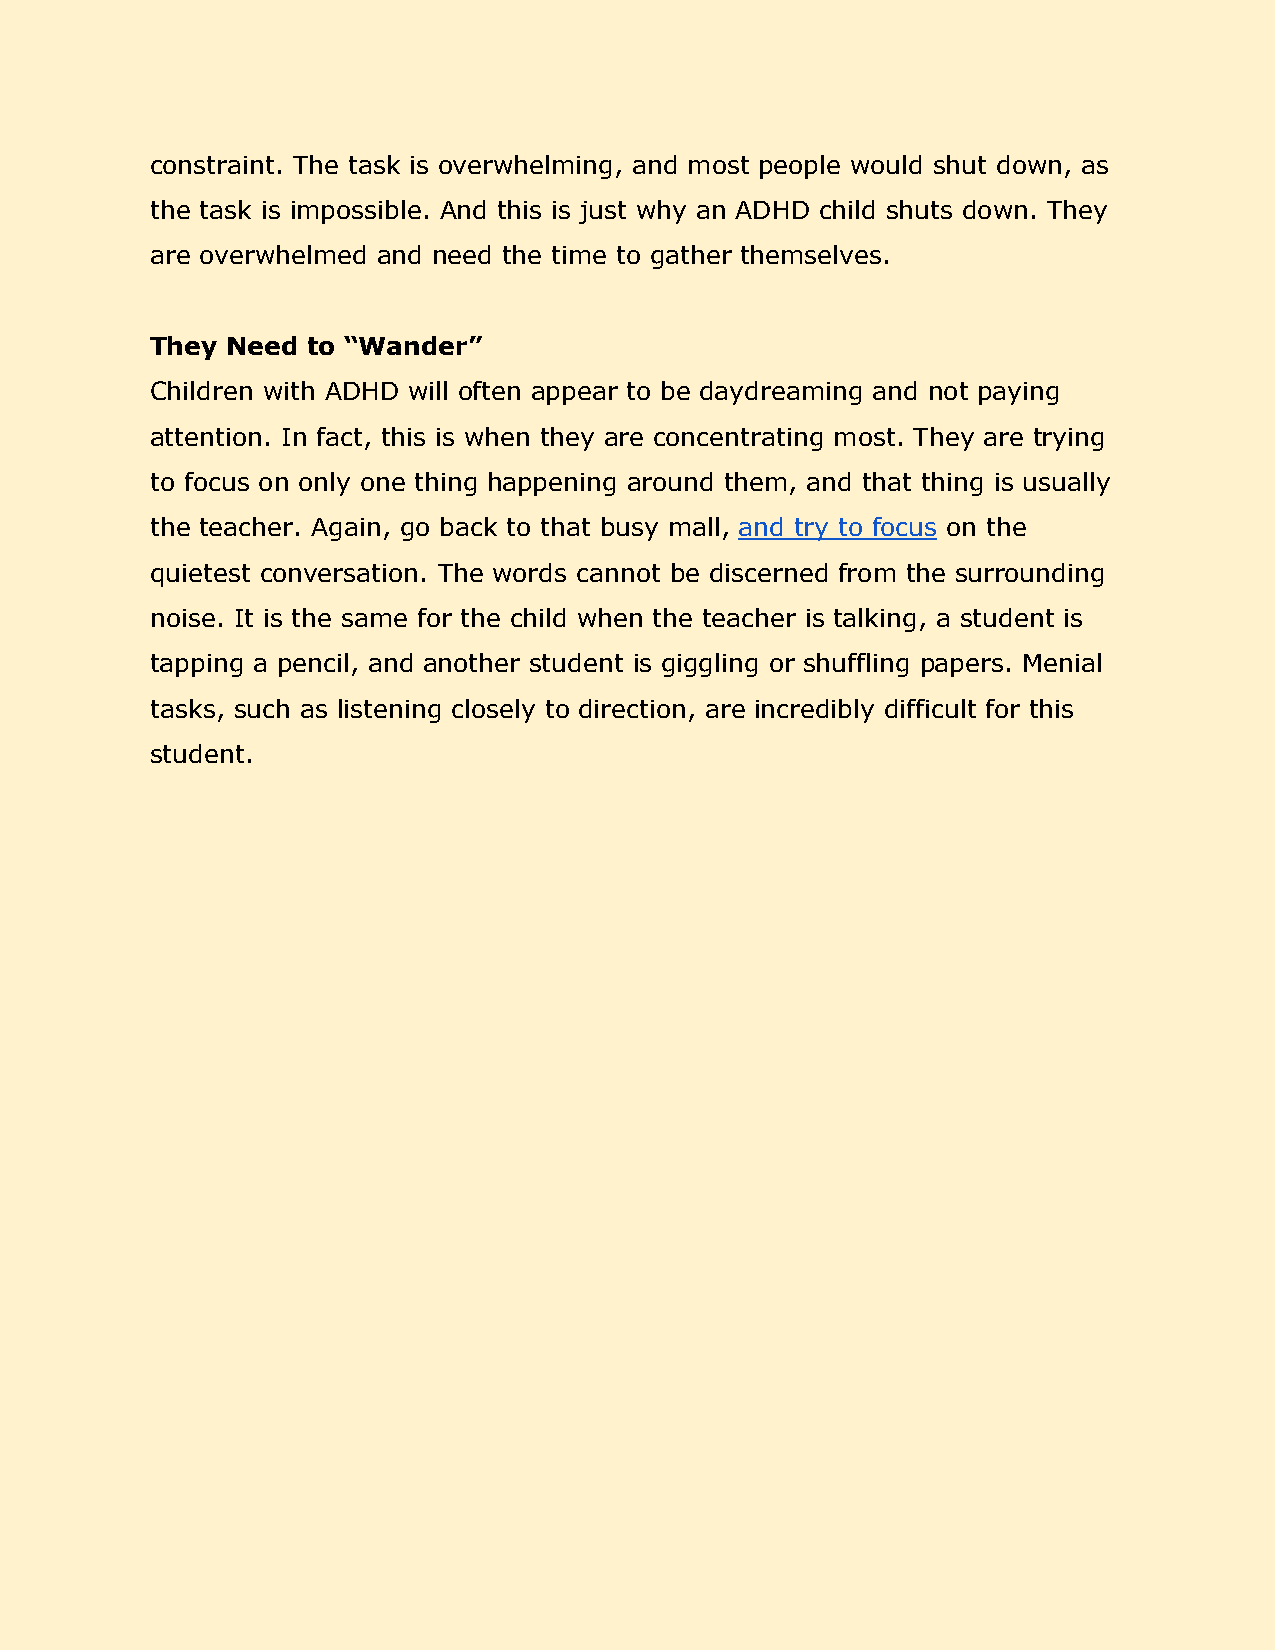
constraint. The task is overwhelming, and most people would shut down, as
 ​ ​ ​ ​ ​ ​ ​ ​       ​ ​ ​ ​  ​ ​   ​ ​  ​ ​ ​ ​   ​ ​
 the task is impossible. And this is just why an ADHD child shuts down. They
 ​ ​ ​ ​ ​ ​     ​ ​ ​ ​ ​ ​ ​ ​ ​ ​ ​ ​ ​ ​ ​ ​ ​ ​ ​ ​ ​ ​
 are overwhelmed and need the time to gather themselves.
 ​ ​        ​ ​ ​ ​  ​ ​ ​ ​ ​ ​ ​ ​ ​ ​
 They Need to “Wander”
 ​ ​   ​ ​ ​ ​
 Children with ADHD will often appear to be daydreaming and not paying
 ​ ​ ​ ​  ​ ​ ​ ​  ​ ​   ​ ​ ​ ​ ​ ​     ​ ​ ​ ​ ​ ​
 attention. In fact, this is when they are concentrating most. They are trying
 ​ ​ ​ ​ ​ ​ ​ ​ ​ ​ ​ ​ ​ ​ ​ ​      ​ ​  ​ ​  ​ ​ ​ ​
 to focus on only one thing happening around them, and that thing is usually
 ​ ​  ​ ​ ​ ​ ​ ​ ​ ​ ​ ​     ​ ​   ​ ​   ​ ​ ​ ​ ​ ​ ​ ​ ​ ​
 the teacher. Again, go back to that busy mall, and try to focus on the
 ​ ​    ​ ​   ​ ​ ​ ​ ​ ​ ​ ​ ​ ​ ​ ​ ​ ​​ ​ ​ ​ ​ ​ ​ ​​ ​ ​ ​
 quietest conversation. The words cannot be discerned from the surrounding
 ​ ​        ​ ​ ​ ​   ​ ​   ​ ​ ​ ​    ​ ​ ​ ​ ​ ​
 noise. It is the same for the child when the teacher is talking, a student is
 ​ ​ ​ ​ ​ ​ ​ ​ ​ ​ ​ ​ ​ ​ ​ ​ ​ ​ ​ ​ ​ ​ ​ ​ ​ ​ ​ ​ ​ ​
 tapping a pencil, and another student is giggling or shuffling papers. Menial
 ​ ​ ​ ​ ​ ​ ​ ​   ​ ​    ​ ​ ​ ​  ​ ​ ​ ​   ​ ​    ​ ​
 tasks, such as listening closely to direction, are incredibly difficult for this
 ​ ​ ​ ​ ​ ​   ​ ​   ​ ​ ​ ​    ​ ​ ​ ​     ​ ​    ​ ​ ​ ​
 student.